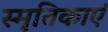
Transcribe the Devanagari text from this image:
स्मृतिकाएं